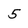
Character: 5